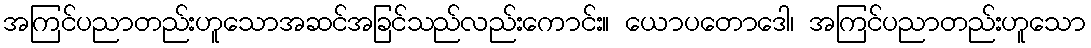
အကြင်ပညာတည်းဟူသောအဆင်အခြင်သည်လည်းကောင်း။ ယောပတောဒေါ၊ အကြင်ပညာတည်းဟူသော